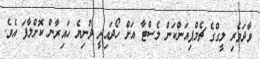
ވާދަވެރި ލީގްގެ ޗެމްޕިއަންކަން ލެސްޓާ އަށް ހޯދައިދީ ދުނިޔެ ހައިރާން ކޮށްލާފަ އެވެ.